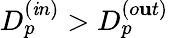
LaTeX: D_{p}^{(\mathit{i}n)}>D_{p}^{(o\mathbf{u}t)}